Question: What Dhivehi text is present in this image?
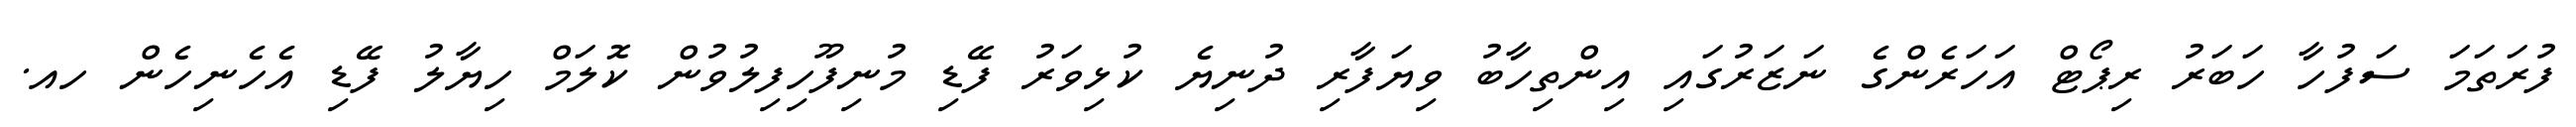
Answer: ފުރަތަމަ ސަފުހާ ހަބަރު ރިޕޯޓް އަހަރެންގެ ނަޒަރުގައި އިންތިހާބު ވިޔަފާރި ދުނިޔެ ކުޅިވަރު ފޭޑި މުނިފޫހިފިލުވުން ކޮލަމް ހިޔާލު ފޭޑި އެހެނިހެން ހއ.